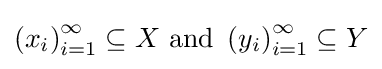
\left(x_{i}\right)_{i=1}^{\infty }\subseteq X{\text{ and }}\left(y_{i}\right)_{i=1}^{\infty }\subseteq Y